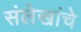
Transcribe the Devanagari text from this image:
संलेखांचे